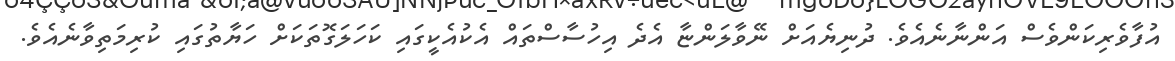
އުފާވެރިކަންވެސް އަންނާނެއެވެ. ދުނިޔެއަށް ނޭވާލަންޏާ އެދެ އިހުސާސްތައް އެކުއެކީގައި ކަހަލަގޮތަކަށް ހަޔާތުގައި ކުރިމަތިވާނެއެވެ.